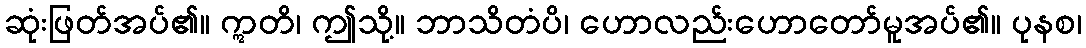
ဆုံးဖြတ်အပ်၏။ ဣတိ၊ ဤသို့။ ဘာသိတံပိ၊ ဟောလည်းဟောတော်မူအပ်၏။ ပုနစ၊